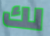
لك